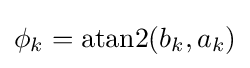
\phi _{k}=\operatorname {atan2} (b_{k},a_{k})